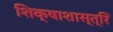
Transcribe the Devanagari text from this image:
शिक्षाशास्त्रि